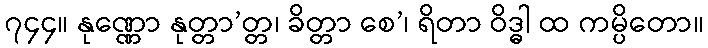
၇၄၄။ နုဏ္ဏော နုတ္တာ’တ္တ၊ ခိတ္တာ စေ’၊ ရိတာ ဝိဒ္ဓါ ထ ကမ္ပိတော။